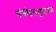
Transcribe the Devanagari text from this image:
संगीतसमूहाच्या